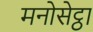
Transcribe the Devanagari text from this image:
मनोसेट्ठा